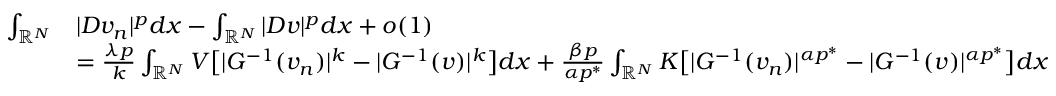
\begin{array} { r l } { \int _ { \mathbb R ^ { N } } } & { | D v _ { n } | ^ { p } d x - \int _ { \mathbb R ^ { N } } | D v | ^ { p } d x + o ( 1 ) } \\ & { = \frac { \lambda p } { k } \int _ { \mathbb { R } ^ { N } } V \bigl [ | G ^ { - 1 } ( v _ { n } ) | ^ { k } - | G ^ { - 1 } ( v ) | ^ { k } \bigr ] d x + \frac { \beta p } { \alpha p ^ { * } } \int _ { \mathbb { R } ^ { N } } K \bigl [ | G ^ { - 1 } ( v _ { n } ) | ^ { \alpha p ^ { * } } - | G ^ { - 1 } ( v ) | ^ { \alpha p ^ { * } } \bigr ] d x } \end{array}